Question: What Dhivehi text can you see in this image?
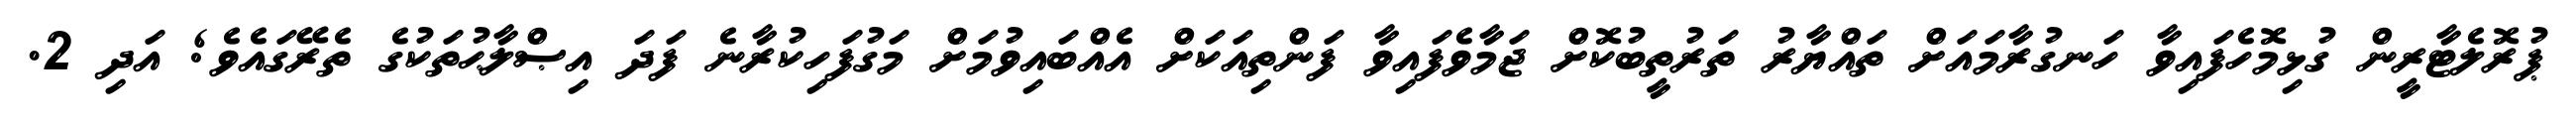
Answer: ޕުރޮލެޓާރީން ގުޅިމޮހެފައިވާ ހަނގުރާމައަށް ތައްޔާރު ތަރުތީބުކޮށް ޖަމާވެފައިވާ ފަންތިއަކަށް އެއްބައިވުމަށް މަގުފަހިކުރާނެ ފަދަ އިޞްލާޙުތަކުގެ ތެރޭގައެވެ; އަދި 2.